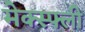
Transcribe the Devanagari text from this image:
मेक्स्फ्ली